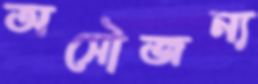
অসৌজন্য